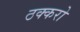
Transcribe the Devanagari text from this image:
ठक्करो